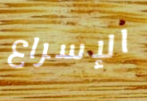
الإسراع